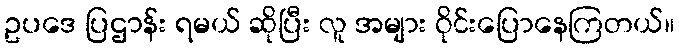
ဥပဒေ ပြဌာန်း ရမယ် ဆိုပြီး လူ အများ ဝိုင်းပြောနေကြတယ်။